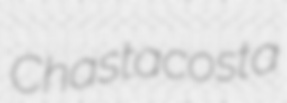
Chastacosta